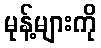
မုန့်များကို